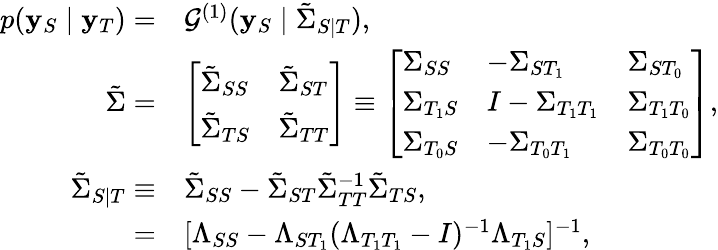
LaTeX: \begin{array}{rl}{p(\mathbf{y}_{S}\mid\mathbf{y}_{T})=}&{\mathcal{G}^{(1)}(\mathbf{y}_{S}\mid\tilde{\Sigma}_{S|T}),}\\ {\tilde{\Sigma}=}&{\left[\begin{array}{ll}{\tilde{\Sigma}_{SS}}&{\tilde{\Sigma}_{ST}}\\ {\tilde{\Sigma}_{TS}}&{\tilde{\Sigma}_{TT}}\end{array}\right]\equiv\left[\begin{array}{lll}{\Sigma_{SS}}&{-\Sigma_{ST_{1}}}&{\Sigma_{ST_{0}}}\\ {\Sigma_{T_{1}S}}&{I-\Sigma_{T_{1}T_{1}}}&{\Sigma_{T_{1}T_{0}}}\\ {\Sigma_{T_{0}S}}&{-\Sigma_{T_{0}T_{1}}}&{\Sigma_{T_{0}T_{0}}}\end{array}\right],}\\ {\tilde{\Sigma}_{S|T}\equiv}&{\tilde{\Sigma}_{SS}-\tilde{\Sigma}_{ST}\tilde{\Sigma}_{TT}^{-1}\tilde{\Sigma}_{TS},}\\ {=}&{[\Lambda_{SS}-\Lambda_{ST_{1}}(\Lambda_{T_{1}T_{1}}-I)^{-1}\Lambda_{T_{1}S}]^{-1},}\end{array}